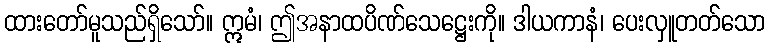
ထားတော်မူသည်ရှိသော်။ ဣမံ၊ ဤအနာထပိဏ်သေဋ္ဌေးကို။ ဒါယကာနံ၊ ပေးလှူတတ်သော